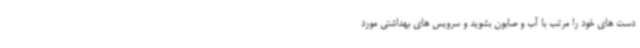
دست های خود را مرتب با آب و صابون بشوید و سرویس های بهداشتی مورد